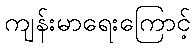
ကျန်းမာရေးကြောင့်